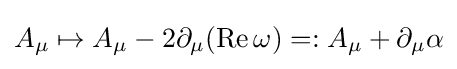
A_{\mu }\mapsto A_{\mu }-2\partial _{\mu }({\text{Re}}\,\omega )=:A_{\mu }+\partial _{\mu }\alpha